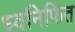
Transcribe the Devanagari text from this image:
ध्वनिफित